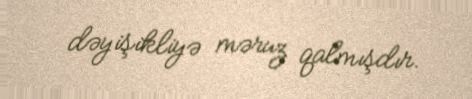
dəyişikliyə məruz qalmışdır.